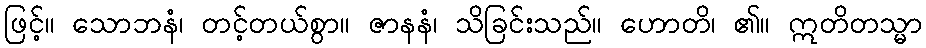
ဖြင့်။ သောဘနံ၊ တင့်တယ်စွာ။ ဇာနနံ၊ သိခြင်းသည်။ ဟောတိ၊ ၏။ ဣတိတသ္မာ